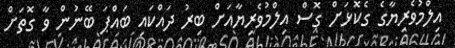
އިލްމުވެރިޔާގެ ގެކޮޅަށް ގޮސް އިލްމުވެރިޔާއަށް ބިރު ދައްކައި ބައްޕަ ބޭނުން ވާ ގޮތަށް